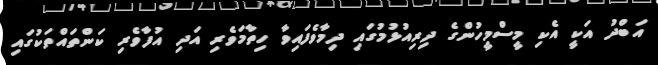
އަބްދު އަކީ އެކި މީސްމީހުންގެ ދިރިއުޅުމުގައި ދިމާވެފައިވާ ހިތާމަވެރި އަދި އުފާވެރި ކަންތައްތަކުގައި